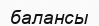
балансы